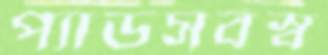
প্যাডসর্বস্ব